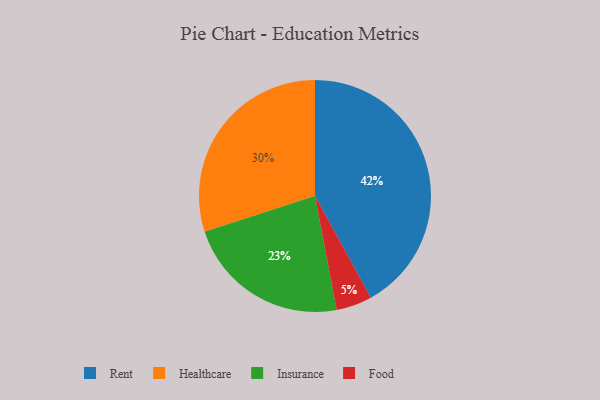
{"axis": {"x": "Category", "y": "Percentage"}, "legend": ["Food", "Healthcare", "Insurance", "Rent"], "data": [{"x": "Rent", "y": 42, "type": "Rent"}, {"x": "Healthcare", "y": 30, "type": "Healthcare"}, {"x": "Insurance", "y": 23, "type": "Insurance"}, {"x": "Food", "y": 5, "type": "Food"}]}